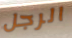
الرجل